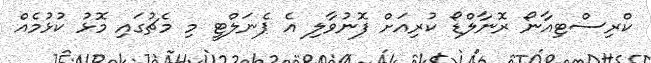
ކްރިސްޓިއާނޯ ރޮނާލްޑޯ ކުރިއަށް ފޮނުވާލި އެ ޕެނަލްޓީ މި މެޗުގައި މޮޅު ކުޅުމެއް